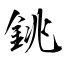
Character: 銚